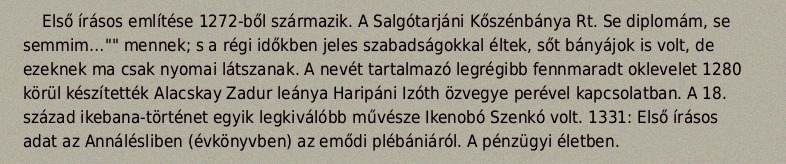
Első írásos említése 1272-ből származik. A Salgótarjáni Kőszénbánya Rt. Se diplomám, se semmim…"" mennek; s a régi időkben jeles szabadságokkal éltek, sőt bányájok is volt, de ezeknek ma csak nyomai látszanak. A nevét tartalmazó legrégibb fennmaradt oklevelet 1280 körül készítették Alacskay Zadur leánya Haripáni Izóth özvegye perével kapcsolatban. A 18. század ikebana-történet egyik legkiválóbb művésze Ikenobó Szenkó volt. 1331: Első írásos adat az Annálésliben (évkönyvben) az emődi plébániáról. A pénzügyi életben.